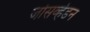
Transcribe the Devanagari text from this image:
जोसव्हेडन